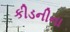
કીડનીના